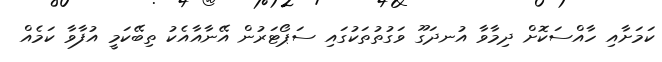
ކަމަށާއި ހާއްސަކޮށް ދިމާވާ އުނދަގޫ ވަގުތުތަކުގައި ސަޕޯޓަރުން އޭނާއާއެކު ތިބޭކަމީ އުފާވާ ކަމެއް